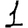
Digit: 1